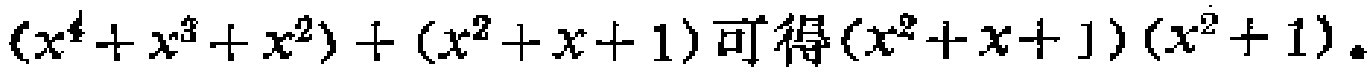
\((x^{4}+x^{3}+x^{2})+(x^{2}+x + 1)\)可得\((x^{2}+x + 1)(x^{2}+1)\)。